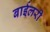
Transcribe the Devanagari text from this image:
बाईलरी